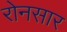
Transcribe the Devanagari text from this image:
रोनसार